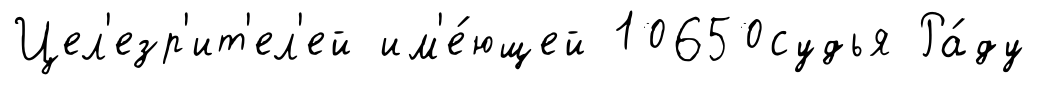
Цел'езр'ит'ел'ей им'е́ющей 10650судья Ра́ду